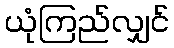
ယုံကြည်လျှင်